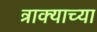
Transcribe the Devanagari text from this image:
त्राक्याच्या